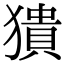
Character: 𤡱